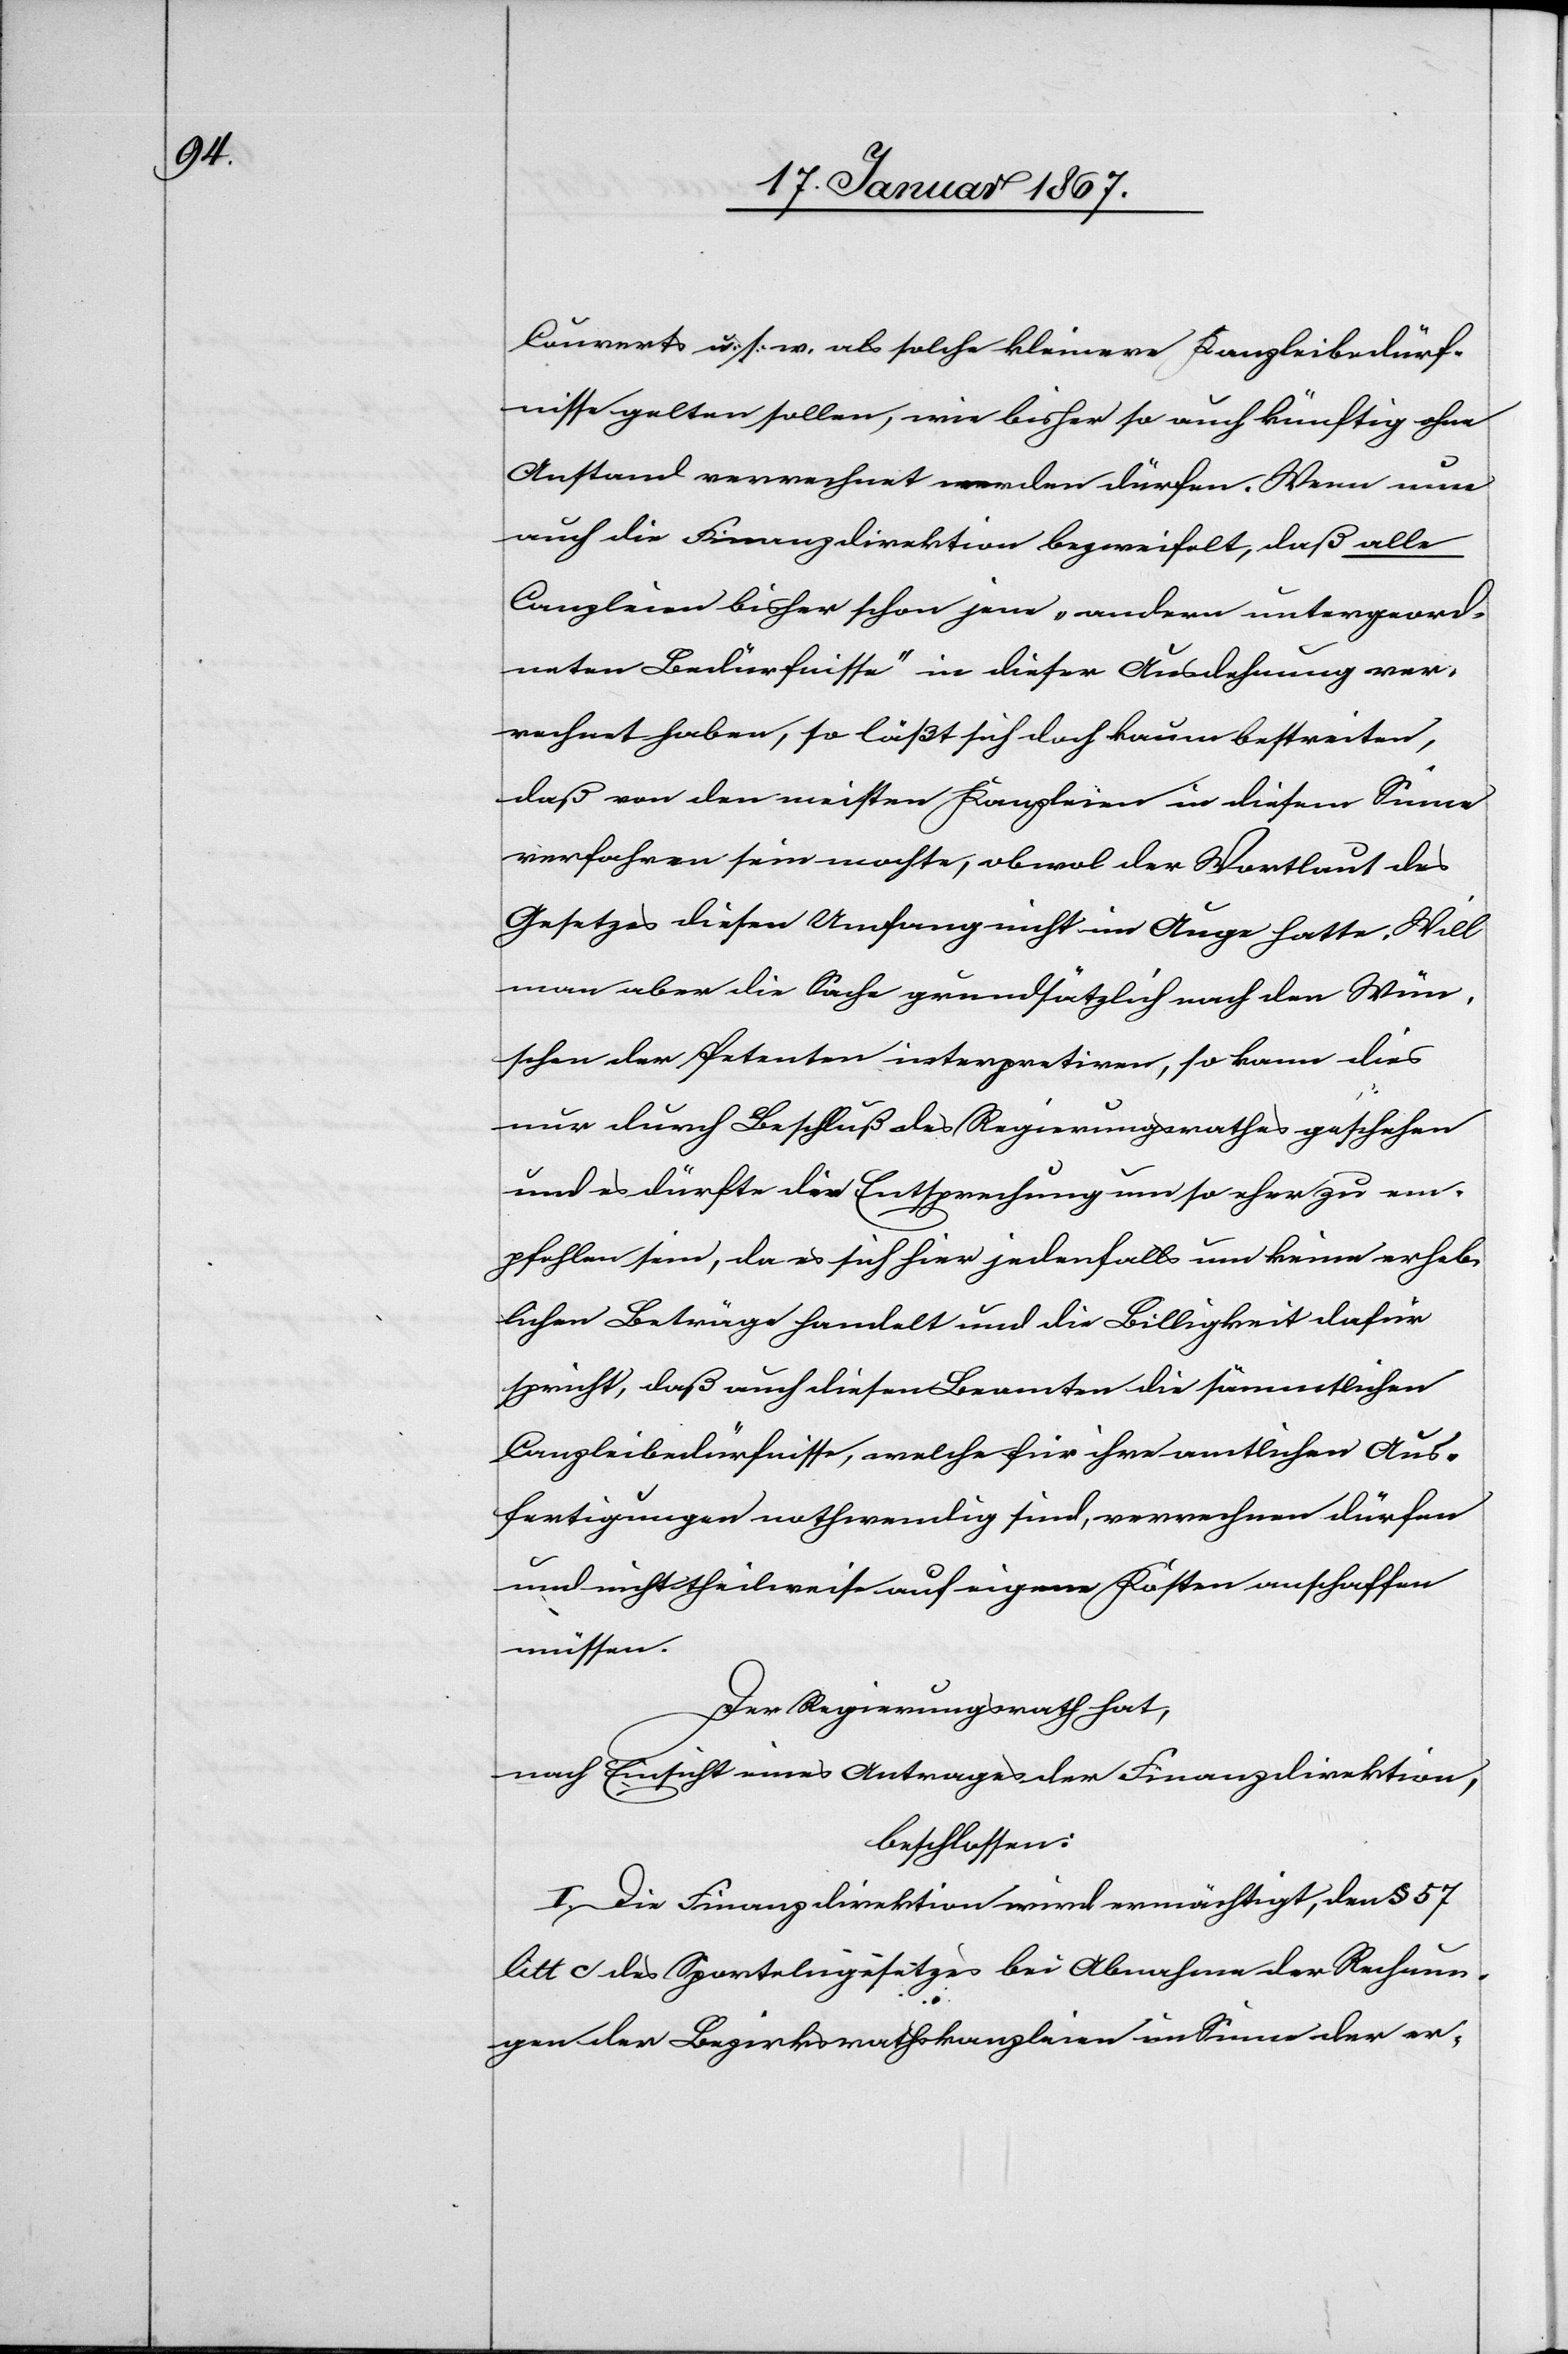
Couverts u. s. w. als solche kleinere Kanzleibedürf¬
nisse gelten sollen, wie bisher so auch künftig ohne
Anstand verrechnet werden dürfen. Wenn nun
auch die Finanzdirektion bezweifelt, daß alle
Canzleien bisher schon jene „anderen untergeord¬
neten Bedürfnisse“ in diesen Ausdehnung ver¬
rechnet haben, so läßt sich doch kaum bestreiten,
daß von den meisten Kanzleien in diesem Sinne
verfahren sein mochte, obwol der Wortlaut des
Gesetzes diesen Umfang nicht im Auge hatte. Will
man aber die Sache grundsätzlich nach den Wün¬
schen der Petenten interpretieren, so kann dies
nur durch Beschluß des Regierungsrathes geschehen
und es dürfte die Entsprechung um so eher zu em¬
pfehlen sein, da es sich hier jedenfalls um keine erheb¬
lichen Beträge handelt und die Billigkeit dafür
spricht, daß auch diesen Beamten die sämmtlichen
Canzleibedürfnisse, welche für ihre amtlichen Aus¬
fertigungen nothwendig sind, verrechnen dürfen
und nicht theilweise auf eigene Kosten anschaffen
müssen.
Der Regierungsrath hat,
nach Einsicht eines Antrages der Finanzdirektion,
beschlossen:
I. Die Finanzdirektion wird ermächtigt, den § 57
litt c des Sportelngesetzes bei Abnahme der Rechnun¬
gen der Bezirksrathskanzleien im Sinne der er-